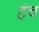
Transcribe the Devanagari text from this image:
हंच